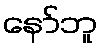
နော်ဘူ